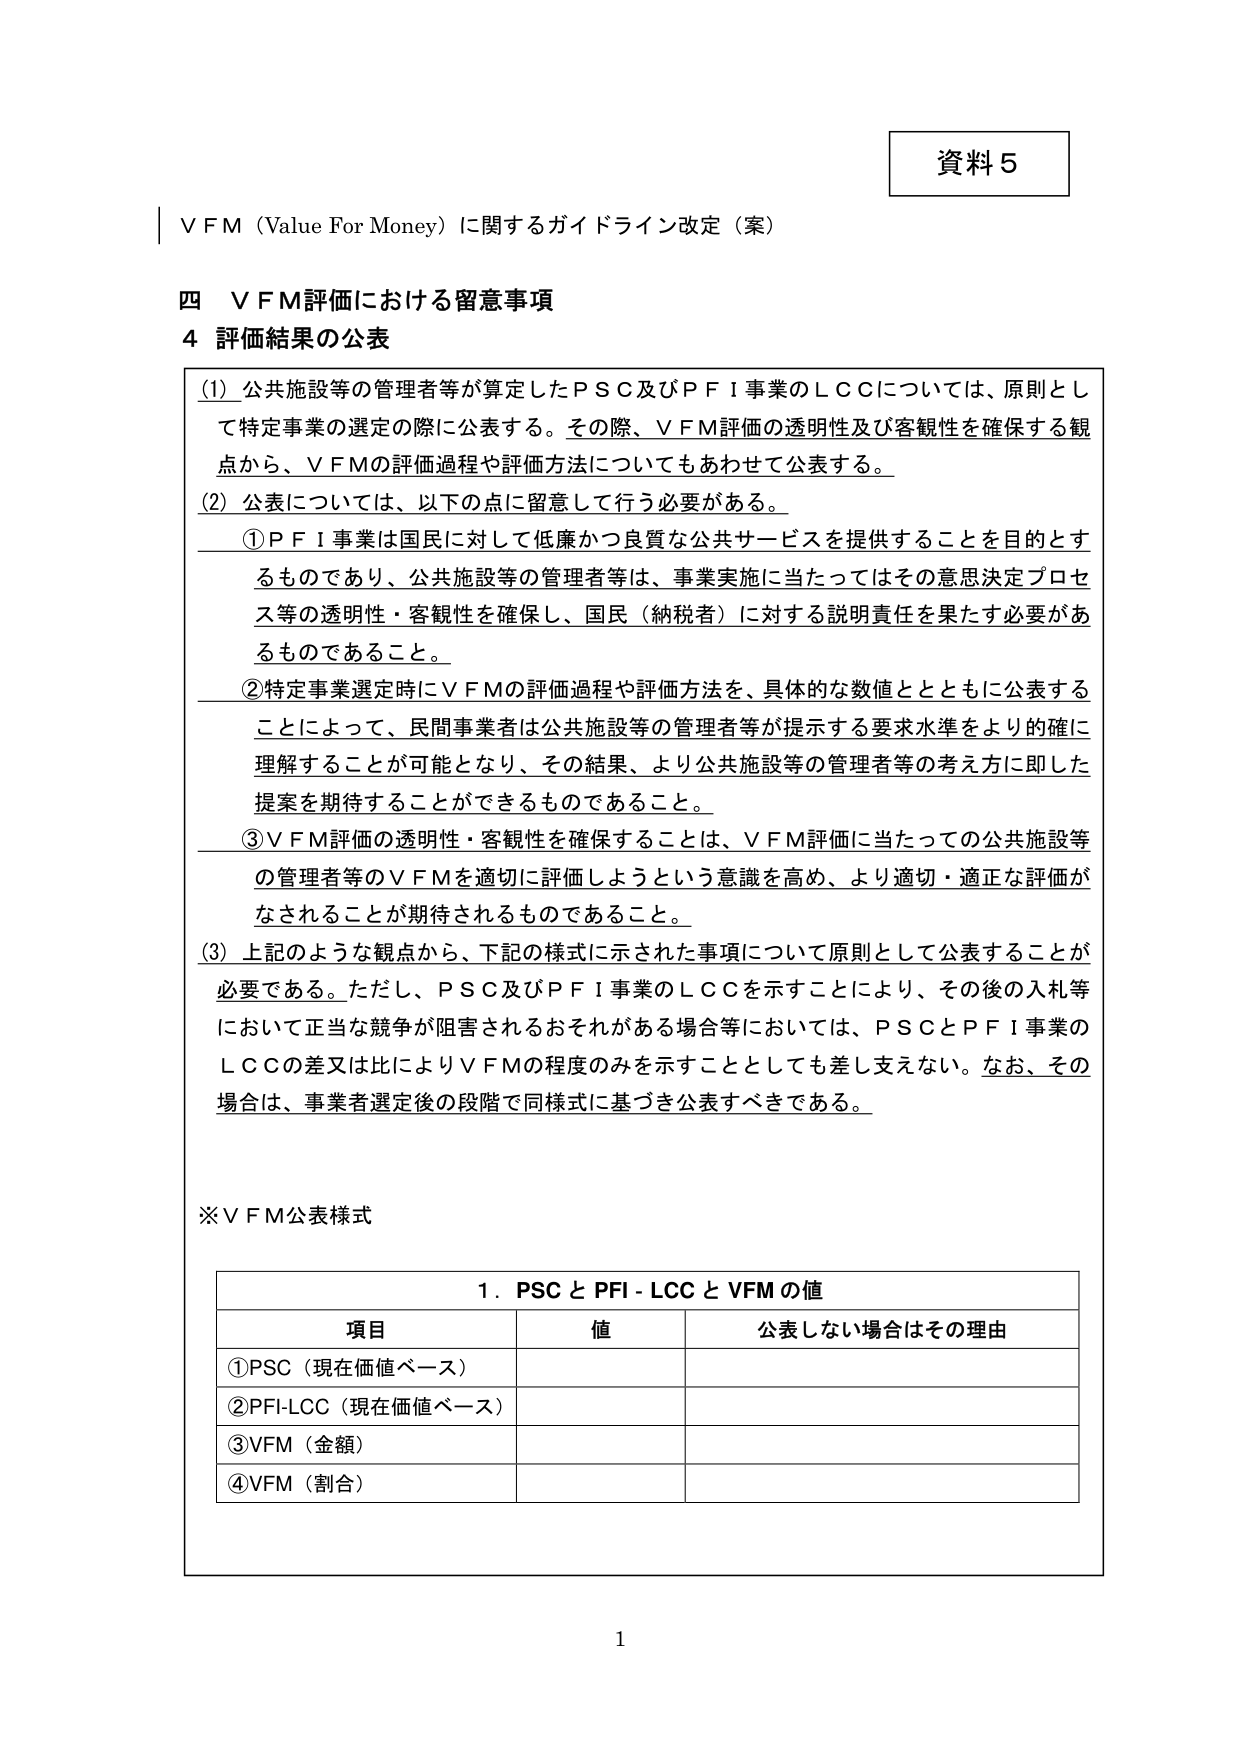
資料５

ＶＦＭ（Value For Money）に関するガイドライン改定（案）

四 ＶＦＭ評価における留意事項
４ 評価結果の公表

(1) 公共施設等の管理者等が算定したＰＳＣ及びＰＦＩ事業のＬＣＣについては、原則として特定事業の選定の際に公表する。その際、ＶＦＭ評価の透明性及び客観性を確保する観点から、ＶＦＭの評価過程や評価方法についてもあわせて公表する。

(2) 公表については、以下の点に留意して行う必要がある。
　①ＰＦＩ事業は国民に対して低廉かつ良質な公共サービスを提供することを目的とするものであり、公共施設等の管理者等は、事業実施に当たってはその意思決定プロセス等の透明性・客観性を確保し、国民（納税者）に対する説明責任を果たす必要があるものであること。
　②特定事業選定時にＶＦＭの評価過程や評価方法を、具体的な数値とともに公表することによって、民間事業者は公共施設等の管理者等が提示する要求水準をより的確に理解することが可能となり、その結果、より公共施設等の管理者等の考え方に即した提案を期待することができるものであること。
　③ＶＦＭ評価の透明性・客観性を確保することは、ＶＦＭ評価に当たっての公共施設等の管理者等のＶＦＭを適切に評価しようという意識を高め、より適切・適正な評価がなされることが期待されるものであること。

(3) 上記のような観点から、下記の様式に示された事項について原則として公表することが必要である。ただし、ＰＳＣ及びＰＦＩ事業のＬＣＣを示すことにより、その後の入札等において正当な競争が阻害されるおそれがある場合等においては、ＰＳＣとＰＦＩ事業のＬＣＣの差又は比によりＶＦＭの程度のみを示すこととしても差し支えない。なお、その場合は、事業者選定後の段階で同様式に基づき公表すべきである。

※ＶＦＭ公表様式

１．ＰＳＣとＰＦＩ－ＬＣＣとＶＦＭの値
　　項目　　　　　　　　　値　　　　　　　公表しない場合はその理由
　　①ＰＳＣ（現在価値ベース）
　　②ＰＦＩ－ＬＣＣ（現在価値ベース）
　　③ＶＦＭ（金額）
　　④ＶＦＭ（割合）

1